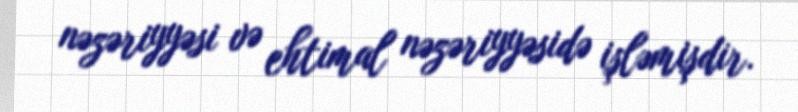
nəzəriyyəsi və ehtimal nəzəriyyəsidə işləmişdir.